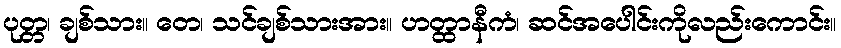
ပုတ္တ၊ ချစ်သား။ တေ၊ သင်ချစ်သားအား။ ဟတ္ထာနီကံ၊ ဆင်အပေါင်းကိုလည်းကောင်း။